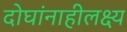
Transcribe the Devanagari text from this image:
दोघांनाहीलक्ष्य